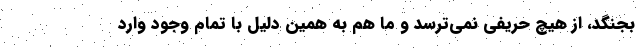
بجنگد، از هیچ حریفی نمی‌ترسد و ما هم به همین دلیل با تمام وجود وارد